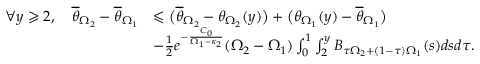
\begin{array} { r l } { \forall y \geqslant 2 , \quad \overline { \theta } _ { \Omega _ { 2 } } - \overline { \theta } _ { \Omega _ { 1 } } } & { \leqslant \big ( \overline { \theta } _ { \Omega _ { 2 } } - \theta _ { \Omega _ { 2 } } ( y ) \big ) + \big ( \theta _ { \Omega _ { 1 } } ( y ) - \overline { \theta } _ { \Omega _ { 1 } } \big ) } \\ & { - \frac { 1 } { 2 } e ^ { - \frac { C _ { 0 } } { \Omega _ { 1 } - \kappa _ { 2 } } } ( \Omega _ { 2 } - \Omega _ { 1 } ) \int _ { 0 } ^ { 1 } \int _ { 2 } ^ { y } B _ { \tau \Omega _ { 2 } + ( 1 - \tau ) \Omega _ { 1 } } ( s ) d s d \tau . } \end{array}